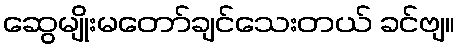
ဆွေမျိုးမတော်ချင်သေးတယ် ခင်ဗျ။